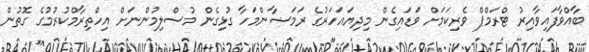
ބާއްވާފައިވާއިރު ޓްރަމްޕް ވެރިކަމަށް ވަޑައިގެން މިދިޔައަހަރުގެ ރަމަޟާންމަހާ ގުޅިގެން މުސްލިމުންނަށް އިހްތިރާމްކުރުމުގެ ގޮތުން